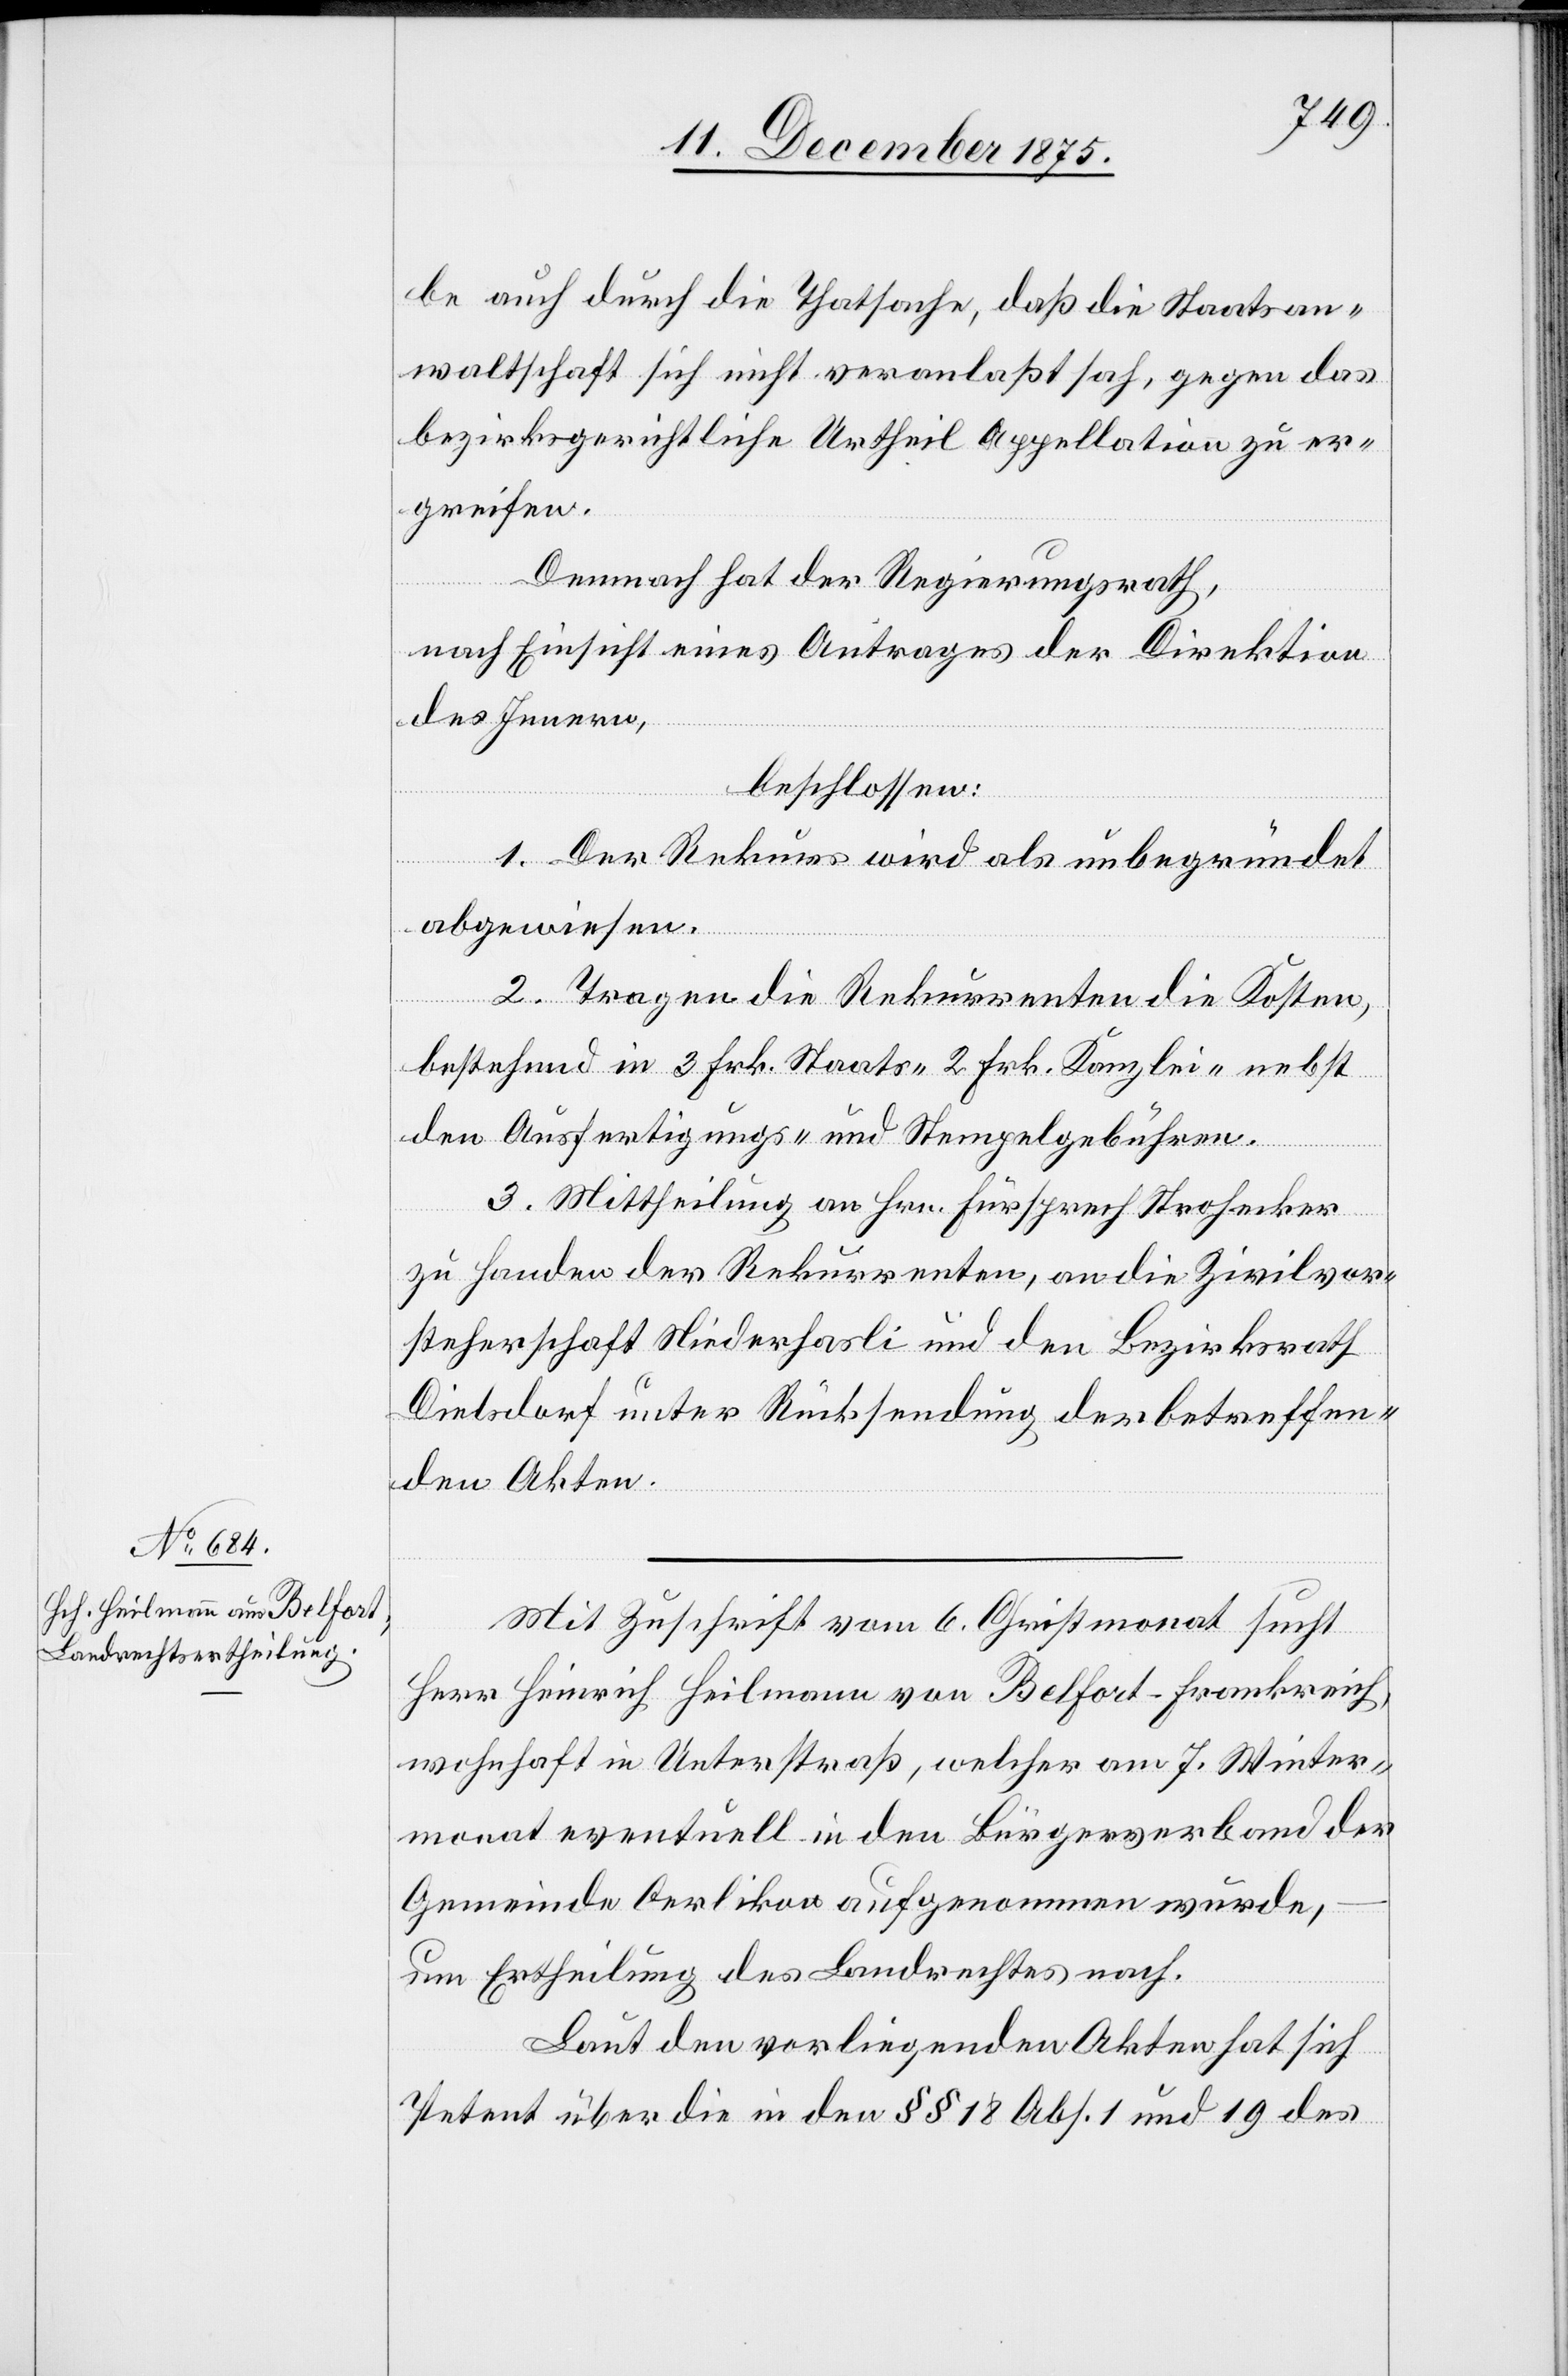
be auch durch die Thatsache, daß die Staatsan¬
waltschaft sich nicht veranlaßt sah, gegen das
bezirksgerichtliche Urtheil Appellation zu er¬
greifen.
Demnach hat der Regierungsrath,
nach Einsicht eines Antrages der Direktion
des Innern,
beschlossen:
1. Der Rekurs wird als unbegründet
abgewiesen.
2. Tragen die Rekurrenten die Kosten,
bestehend in 3 Frk. Staats-[,] 2 Frk. Kanzlei- nebst
den Ausfertigungs- und Stempelgebühren.
3. Mittheilung an Hrn. Fürsprech Strohecker
zu Handen der Rekurrenten, an die Zivilvor¬
steherschaft Niederhasli und den Bezirksrath
Dielsdorf unter Rücksendung der betreffen¬
den Akten.
Mit Zuschrift vom 6. Christmonat sucht
Herr Heinrich Heilmann von Belfort - Frankreich,
wohnhaft in Unterstraß, welcher am 7. Winter¬
monat eventuell in den Bürgerverband der
Gemeinde Oerlikon aufgenommen wurde,
um Ertheilung des Landrechtes nach.
Laut den vorliegenden Akten hat sich
Petent über die in den §§ 18 Abs. 1 und 19 des